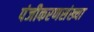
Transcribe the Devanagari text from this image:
पंजीकरणसंख्या